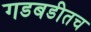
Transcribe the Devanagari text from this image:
गडबडीतच